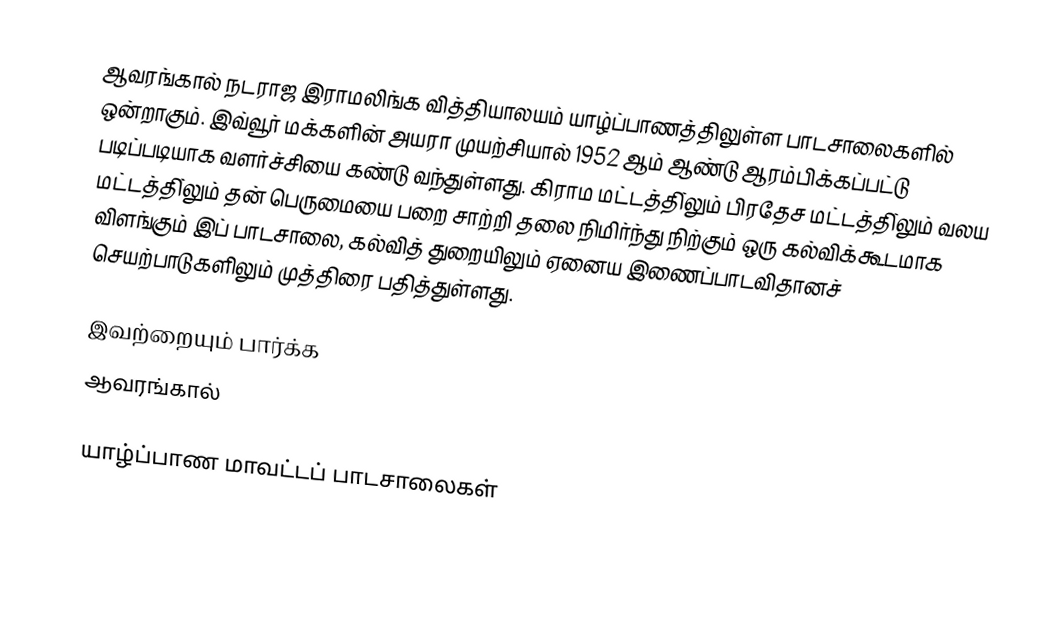
ஆவரங்கால் நடராஜ இராமலிங்க வித்தியாலயம் யாழ்ப்பாணத்திலுள்ள பாடசாலைகளில் ஒன்றாகும். இவ்வூர் மக்களின் அயரா முயற்சியால் 1952 ஆம் ஆண்டு ஆரம்பிக்கப்பட்டு படிப்படியாக வளர்ச்சியை கண்டு வந்துள்ளது. கிராம மட்டத்தி்லும் பிரதேச மட்டத்தி்லும் வலய மட்டத்தி்லும் தன் பெருமையை பறை சாற்றி தலை நிமிர்ந்து நிற்கும் ஒரு கல்விக்கூடமாக விளங்கும் இப் பாடசாலை, கல்வித் துறையிலும் ஏனைய இணைப்பாடவிதானச் செயற்பாடுகளிலும் முத்திரை பதித்துள்ளது.

இவற்றையும் பார்க்க
 ஆவரங்கால்

யாழ்ப்பாண மாவட்டப் பாடசாலைகள்